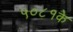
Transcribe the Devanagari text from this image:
५०८१के